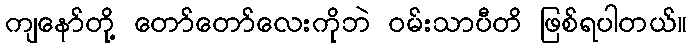
ကျနော်တို့ တော်တော်လေးကိုဘဲ ဝမ်းသာပီတိ ဖြစ်ရပါတယ်။